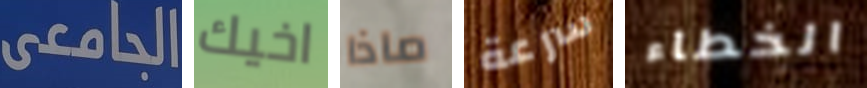
الجامعى اخيك ماذا سرعة الخطاء